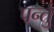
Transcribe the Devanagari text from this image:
पर्न्तु